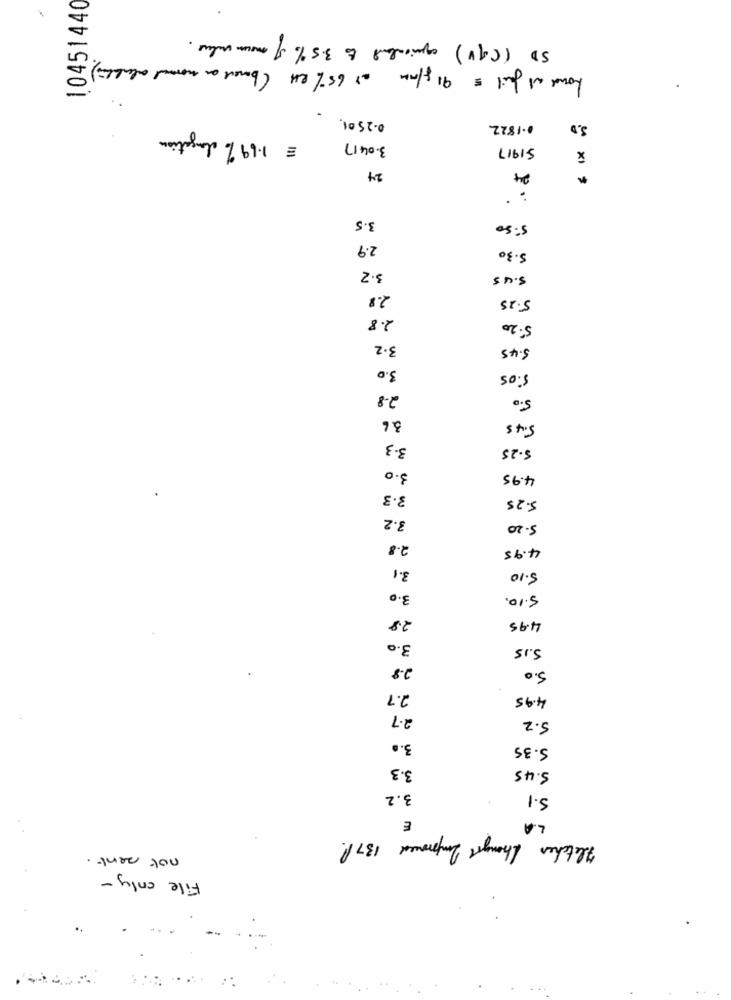
10451440
SD (CV ) quicalent to 3.5% of mon clus.
Loud at fail = 91 g/mm as 65% RH ( baneve an normal alublin) .
0.25 01.
0.1822
S.D
= 1.69% longation
3.04.17
51917
24
24
XI
3.5
5:50
2.9
5.30
3.2
5.45
2.8
5.25
2.8
5:20
3.2
5.45
3.0
5:05
2-8
5.0
3.6
5.45
3-3
5.25
3.0
4.95
3.3
5.25
3.2
5.20
2.8
4.95
3.1
5.10
3.0
5.10.
2.8
4.95
3.0
5.15
2.8
5.0
2.7
4.95
2.7
5.2
3.0
5.35
3.3
5.45
3.2
5.1
LA
E
Fletcher Thangol Improved 137P.
not sent
File only -